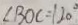
\angle B O C = 1 2 0 ^ { \circ }